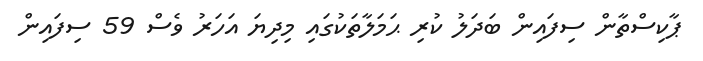
ޕާކިސްތާން ސިފައިން ބަދަލު ކުރި ޙަމަލާތަކުގައި މިދިޔަ އަހަރު ވެސް 59 ސިފައިން